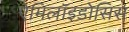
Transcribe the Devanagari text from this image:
ऐमिलॉइडोसिस